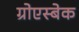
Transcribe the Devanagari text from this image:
ग्रोएस्बेक